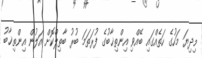
މިދިޔަ މަހުގެ ހަތެއްގައި ބޭއްވި އިންތިޚާބުގެ ފުރަތަމަ ބުރު ބާތިލްކޮށް އަލުން އިންތިޚާބު